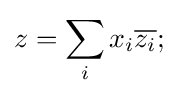
z=\sum _{i}x_{i}{\overline {z_{i}}};